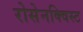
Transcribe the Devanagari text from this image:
रोसेनक्विस्ट